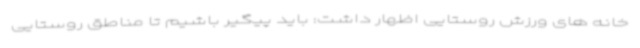
خانه های ورزش روستایی اظهار داشت: باید پیگیر باشیم تا مناطق روستایی